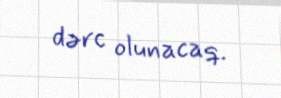
dərc olunacaq.